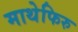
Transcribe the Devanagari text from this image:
माथेफिरु